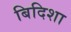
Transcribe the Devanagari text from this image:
बिदिशा